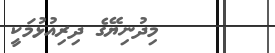
މިދުނިޔޭގެ ދިރިއުޅުމަކީ